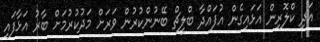
އަދި ކްލޮރިން އަޅައިގެން އުފައްދާ ބްލީޗް ބޭނުންކުރުން ވަރަށް މަދުކުރުމަށް ބާރު އަޅާފައި